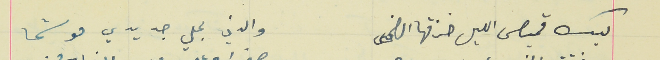
ليك قميص الليل خزقها الضحى                                  والدني بحلي جديدي موشحا